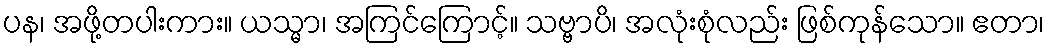
ပန၊ အဖို့တပါးကား။ ယသ္မာ၊ အကြင်ကြောင့်။ သဗ္ဗာပိ၊ အလုံးစုံလည်း ဖြစ်ကုန်သော။ ဧတာ၊